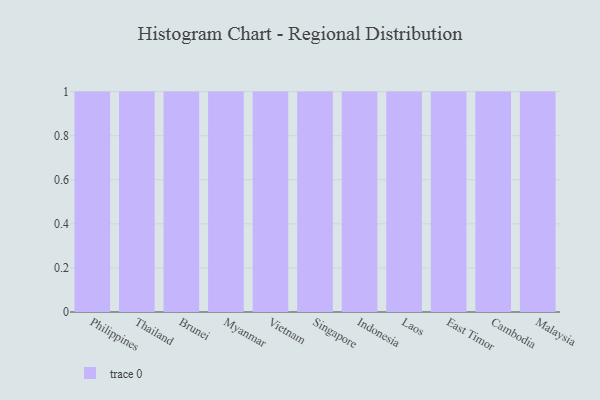
{"axis": {"x": "Country", "y": "Market Share (%)"}, "legend": [""], "data": [{"x": "Philippines", "y": 10, "type": ""}, {"x": "Thailand", "y": 81, "type": ""}, {"x": "Brunei", "y": 88, "type": ""}, {"x": "Myanmar", "y": 36, "type": ""}, {"x": "Vietnam", "y": 5, "type": ""}, {"x": "Singapore", "y": 7, "type": ""}, {"x": "Indonesia", "y": 100, "type": ""}, {"x": "Laos", "y": 62, "type": ""}, {"x": "East Timor", "y": 68, "type": ""}, {"x": "Cambodia", "y": 33, "type": ""}, {"x": "Malaysia", "y": 17, "type": ""}]}